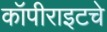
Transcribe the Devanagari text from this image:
कॉपीराइटचे